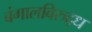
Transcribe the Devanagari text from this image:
बंगालविरुद्ध